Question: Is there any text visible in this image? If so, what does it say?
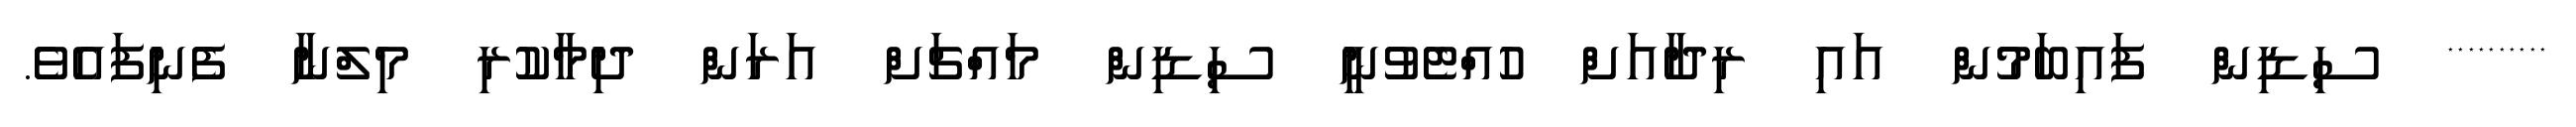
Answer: ********** ސިޑިން ފައިބަމުން އައި ރިދާއަށް ހުއްޓެވުނީ ސިޑިން މައްޗަށް އަރަން ދިމާކުރި މިލްނާ ފެނިފައެވެ.